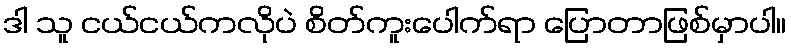
ဒါ သူ ငယ်ငယ်ကလိုပဲ စိတ်ကူးပေါက်ရာ ပြောတာဖြစ်မှာပါ။